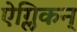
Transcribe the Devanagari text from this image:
ऐग्लिकन्